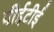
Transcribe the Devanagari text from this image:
पीईटीई